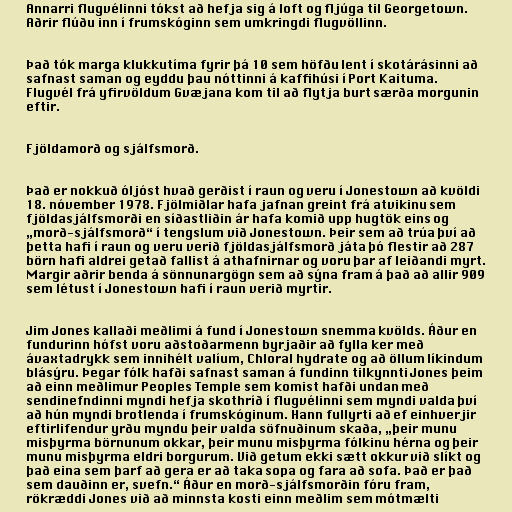
Annarri flugvélinni tókst að hefja sig á loft og fljúga til Georgetown.
Aðrir flúðu inn í frumskóginn sem umkringdi flugvöllinn.

Það tók marga klukkutíma fyrir þá 10 sem höfðu lent í skotárásinni að
safnast saman og eyddu þau nóttinni á kaffihúsi í Port Kaituma.
Flugvél frá yfirvöldum Gvæjana kom til að flytja burt særða morgunin
eftir.

Fjöldamorð og sjálfsmorð.

Það er nokkuð óljóst hvað gerðist í raun og veru í Jonestown að kvöldi
18. nóvember 1978. Fjölmiðlar hafa jafnan greint frá atvikinu sem
fjöldasjálfsmorði en síðastliðin ár hafa komið upp hugtök eins og
„morð-sjálfsmorð“ í tengslum við Jonestown. Þeir sem að trúa því að
þetta hafi í raun og veru verið fjöldasjálfsmorð játa þó flestir að 287
börn hafi aldrei getað fallist á athafnirnar og voru þar af leiðandi myrt.
Margir aðrir benda á sönnunargögn sem að sýna fram á það að allir 909
sem létust í Jonestown hafi í raun verið myrtir.

Jim Jones kallaði meðlimi á fund í Jonestown snemma kvölds. Áður en
fundurinn hófst voru aðstoðarmenn byrjaðir að fylla ker með
ávaxtadrykk sem innihélt valíum, Chloral hydrate og að öllum líkindum
blásýru. Þegar fólk hafði safnast saman á fundinn tilkynnti Jones þeim
að einn meðlimur Peoples Temple sem komist hafði undan með
sendinefndinni myndi hefja skothríð í flugvélinni sem myndi valda því
að hún myndi brotlenda í frumskóginum. Hann fullyrti að ef einhverjir
eftirlifendur yrðu myndu þeir valda söfnuðinum skaða, „þeir munu
misþyrma börnunum okkar, þeir munu misþyrma fólkinu hérna og þeir
munu misþyrma eldri borgurum. Við getum ekki sætt okkur við slíkt og
það eina sem þarf að gera er að taka sopa og fara að sofa. Það er það
sem dauðinn er, svefn.“ Áður en morð-sjálfsmorðin fóru fram,
rökræddi Jones við að minnsta kosti einn meðlim sem mótmælti